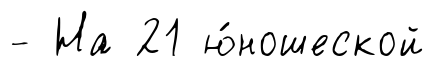
- На 21 ю́ношеской